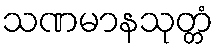
သဏမာနသုတ္တံ